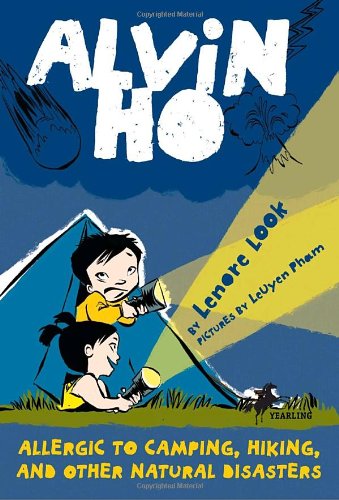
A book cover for Alvin Ho: Allergic to Camping, Hiking, and Other Natural Disasters; Lenore Look; Science & Math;